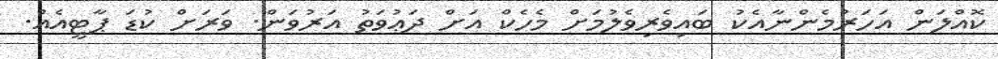
ކޮއްލަން އަހަރުމެންނާއެކު ބައިވެރިވެލުމަށް މެހެކް އަށް ދަޢުވަތު އަރުވަން. ވަރަށް ކުޑަ ޕާޓީއެއް.